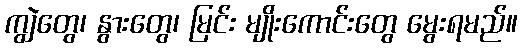
ကျွဲတွေ၊ နွားတွေ၊ မြင်း မျိုးကောင်းတွေ မွေးရမည်။